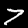
Label: 7